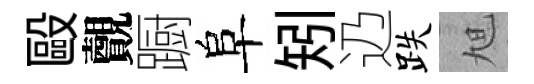
毆覿蹰阜矧辸跌旭